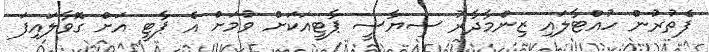
ފެތުރުން ހުއްޓާލައި ޒިންމާދާރު ސިޔާސީ ޕާޓީއަކަށް ވުމަށް އެ ޕާޓީ އަށް ގޮވާލައިފަ